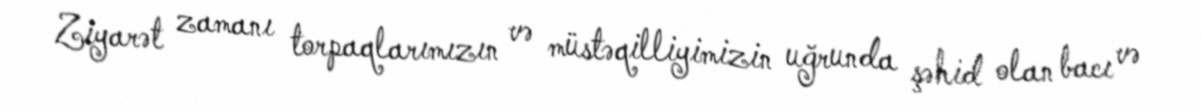
Ziyarət zamanı torpaqlarımızın və müstəqilliyimizin uğrunda şəhid olan bacı və